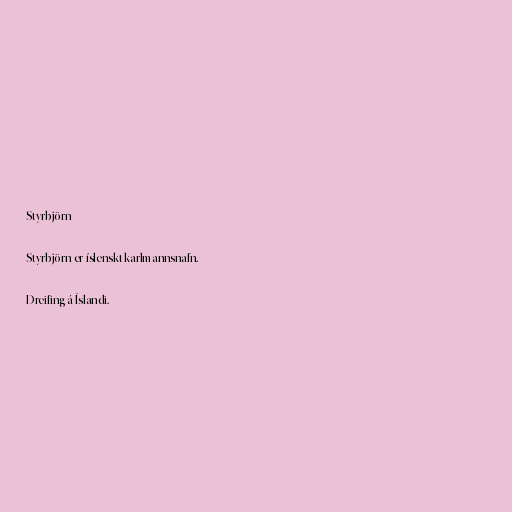
Styrbjörn

Styrbjörn er íslenskt karlmannsnafn.

Dreifing á Íslandi.